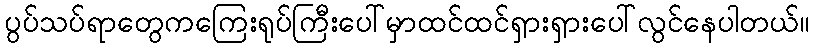
ပွပ်သပ်ရာတွေကကြေးရုပ်ကြီးပေါ်မှာထင်ထင်ရှားရှားပေါ်လွင်နေပါတယ်။